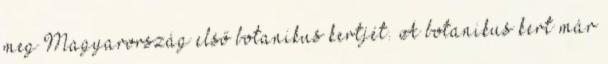
meg Magyarország első botanikus kertjét. A botanikus kert már